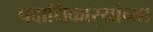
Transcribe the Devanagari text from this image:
पदाधिकार्‍यांच्या